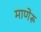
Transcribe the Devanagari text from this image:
माणेरू